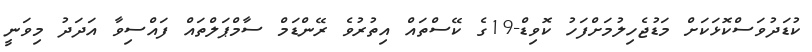
ކުޑަދުވަސްކޮޅަކަށް މަޑުޖެހިލުމަށްފަހު ކޮވިޑް-19ގެ ކޭސްތައް އިތުރުވެ ރޭންޑަމް ސާމްޕަލްތައް ފައްސިވާ އަދަދު މިވަނީ